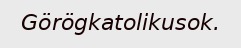
Görögkatolikusok.